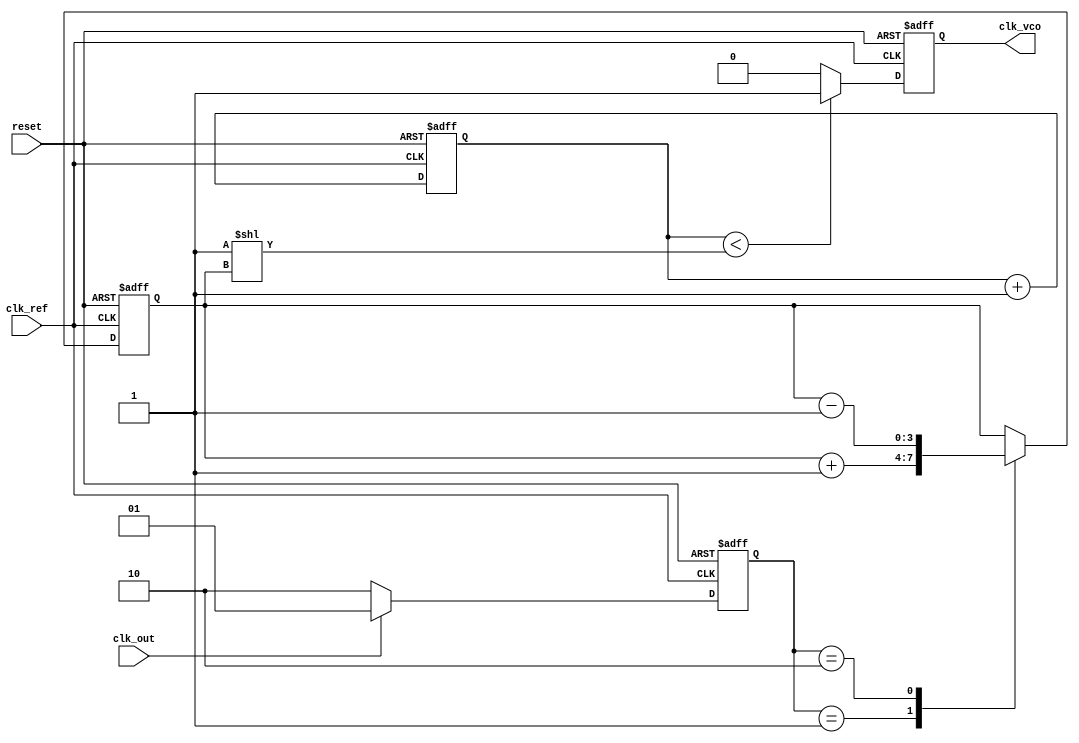
module dpll (
    input wire clk_ref,         // Reference clock
    input wire clk_out,         // Output clock
    input wire reset,           // Reset signal
    output reg clk_vco          // VCO output clock
);

// Parameters
parameter MEMORY_SIZE = 16;   // Size of memory block
parameter FILTER_SIZE = 4;     // Size of loop filter

// Phase Detector (PD)
reg [1:0] phase_error;         // Phase error signal
always @(posedge clk_ref or posedge reset) begin
    if (reset) begin
        phase_error <= 2'b00;
    end else if (clk_out) begin
        phase_error <= 2'b01;  // Output clock is leading
    end else begin
        phase_error <= 2'b10;  // Output clock is lagging
    end
end

// Loop Filter (LF)
reg [FILTER_SIZE-1:0] control_signal;
always @(posedge clk_ref or posedge reset) begin
    if (reset) begin
        control_signal <= 0;
    end else begin
        // Simple integrator filter for demonstration
        case (phase_error)
            2'b01: control_signal <= control_signal + 1; // Output clock is leading
            2'b10: control_signal <= control_signal - 1; // Output clock is lagging
            default: control_signal <= control_signal;     // No change
        endcase
    end
end

// Memory Block
reg [FILTER_SIZE-1:0] memory [0:MEMORY_SIZE-1];
integer addr;

// Initialize memory (for example purposes)
initial begin
    for (addr = 0; addr < MEMORY_SIZE; addr = addr + 1) begin
        memory[addr] = addr; // Example initialization
    end
end

// Voltage-Controlled Oscillator (VCO)
reg [FILTER_SIZE-1:0] vco_counter;
always @(posedge clk_ref or posedge reset) begin
    if (reset) begin
        vco_counter <= 0;
        clk_vco <= 0;
    end else begin
        // Adjust frequency based on control signal
        if (vco_counter < (1 << control_signal)) begin
            clk_vco <= 1;
        end else begin
            clk_vco <= 0;
        end
        vco_counter <= vco_counter + 1;
    end
end

endmodule